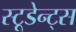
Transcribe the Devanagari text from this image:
स्टूडेन्ट्स